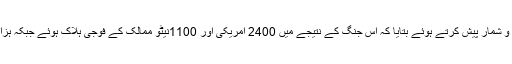
سوپکو نے رواں سوال کے اوائل میں اعداد و شمار پیش کرتے ہوئے بتایا کہ اس جنگ کے نتیجے میں 2400 امریکی اور 1100نیٹو ممالک کے فوجی ہلاک ہوئے جبکہ ہزاروں کی تعداد میں افغانی بھی مارے گئے۔